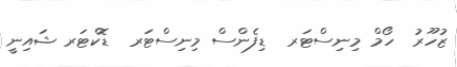
ޒުހޫރު  ހޯމް މިނިސްޓަރ  ޑިފެންސް މިނިސްޓަރ  ޑޮކްޓަރ ޝައިނީ